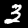
Label: 3